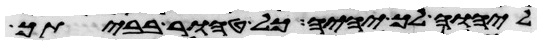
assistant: ליהוה לך יהיה כל טהור בביתך